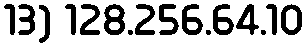
13) 128.256.64.10